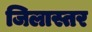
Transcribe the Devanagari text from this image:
जिलास्तर